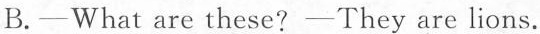
B.—What are these?—They are lions.